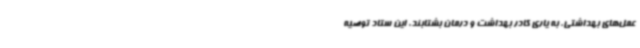
عمل‌های بهداشتی، به یاری کادر بهداشت و درمان بشتابند. این ستاد توصیه